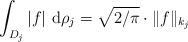
LaTeX: \begin{align*}\int_{D_j} \left|f\right|\,\mathrm d\rho_j=\sqrt{2/\pi}\cdot \|f\|_{k_j}\end{align*}